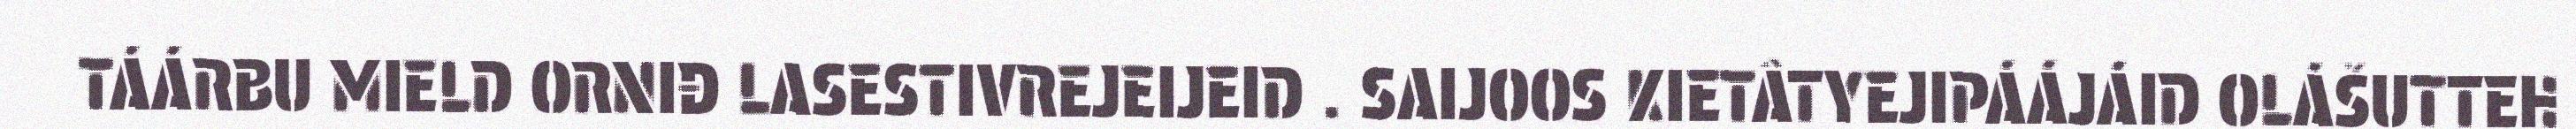
TÁÁRBU MIELD ORNIĐ LASESTIVREJEIJEID . SAIJOOS KIETÂTYEJIPÁÁJÁID OLÁŠUTTEH